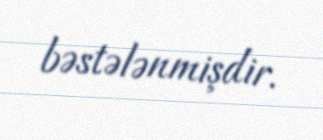
bəstələnmişdir.